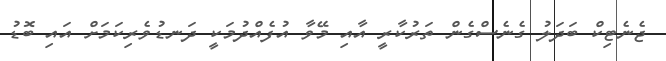
ޖެނެޓިކް ބަދަލު ގެނެސްގެން ތަރުކާރީ އާއި މޭވާ އުފެއްދުމަކީ ދަނޑުވެރިކަމަށް އައި ބޮޑު